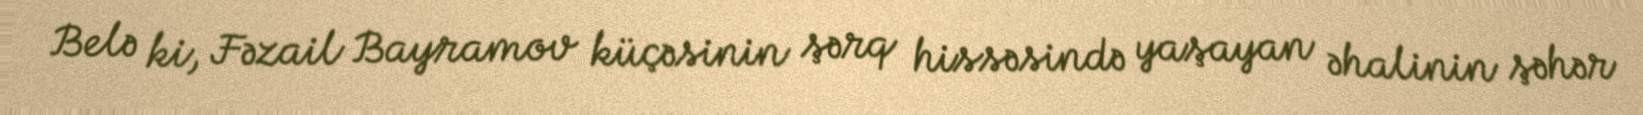
Belə ki, Fəzail Bayramov küçəsinin şərq hissəsində yaşayan əhalinin şəhər